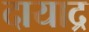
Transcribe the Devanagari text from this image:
दायाद्र